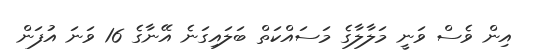
އިން ވެސް ވަނީ މަލާލާގެ މަސައްކަތް ބަލައިގަނެ އޭނާގެ 16 ވަނަ އުފަން